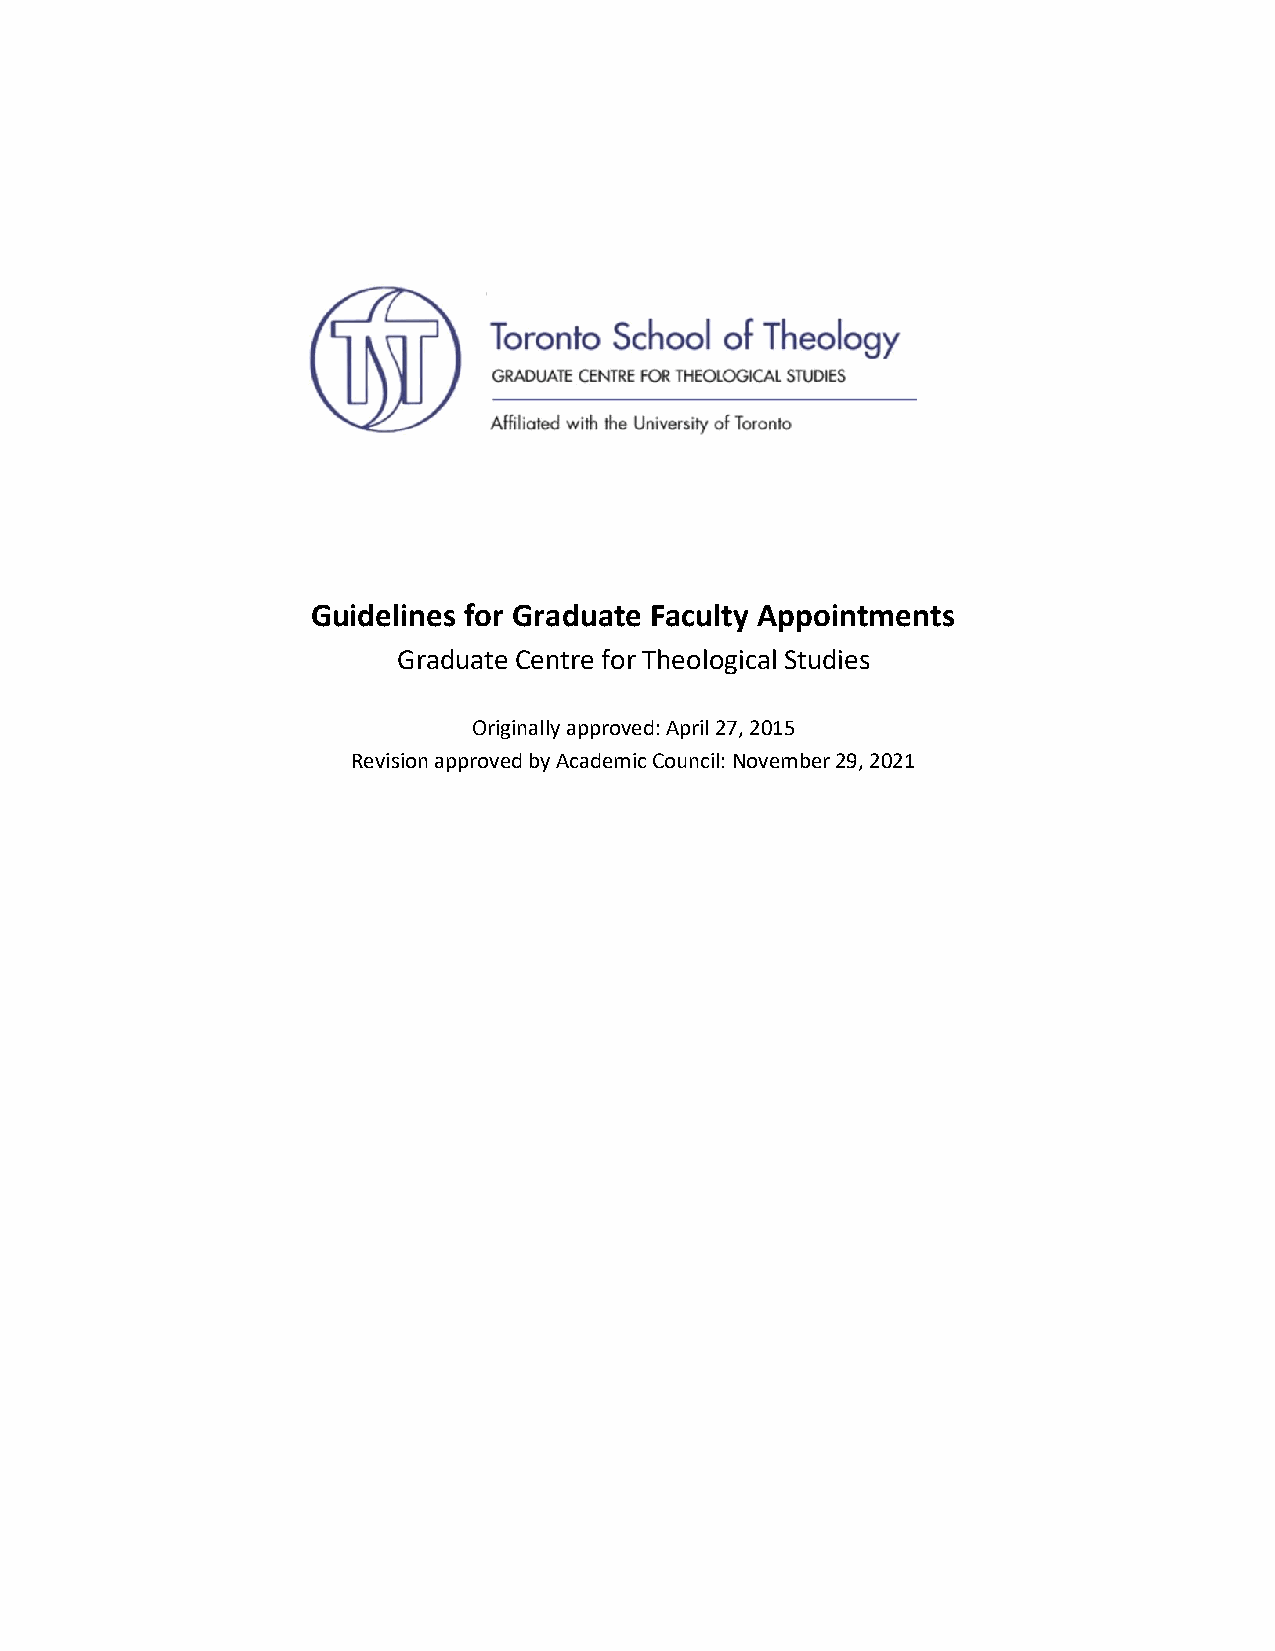
Guidelines for Graduate Faculty Appointments
 Graduate Centre for Theological Studies
 Originally approved: April 27, 2015
 Revision approved by Academic Council: November 29, 2021